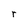
Character: r